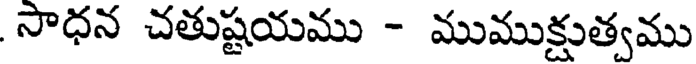
సాధన చతుష్టయము - ముముక్షుత్వము